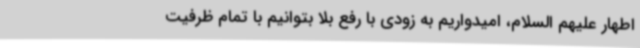
اطهار علیهم السلام، امیدواریم به زودی با رفع بلا بتوانیم با تمام ظرفیت